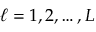
\ell = 1 , 2 , \ldots , L